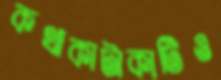
কথাকাটাকাটিও